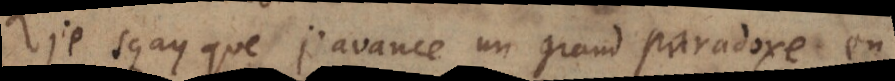
Je sçay que j’avance un grand paradoxe en